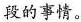
段的事情。